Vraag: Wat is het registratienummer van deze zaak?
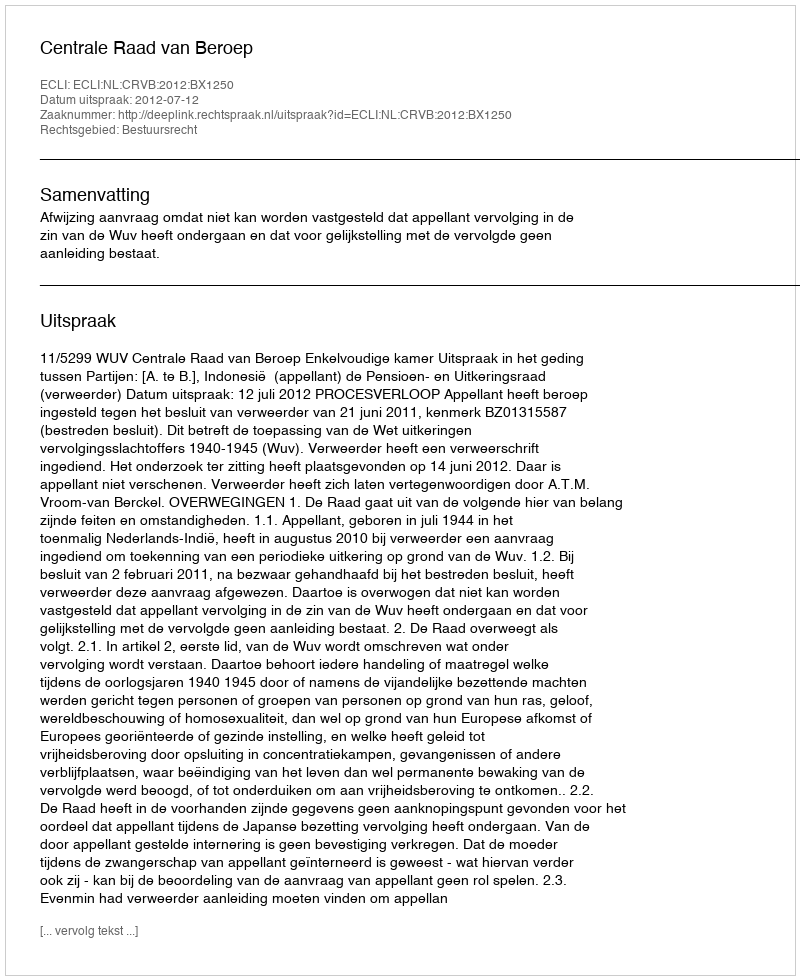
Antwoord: http://deeplink.rechtspraak.nl/uitspraak?id=ECLI:NL:CRVB:2012:BX1250